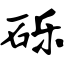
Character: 砾